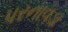
પરનાવડા